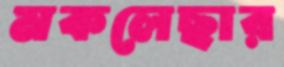
মকলেছার